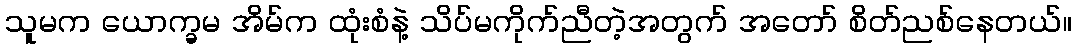
သူမက ယောက္ခမ အိမ်က ထုံးစံနဲ့ သိပ်မကိုက်ညီတဲ့အတွက် အတော် စိတ်ညစ်နေတယ်။